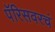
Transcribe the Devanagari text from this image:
पॅरिसवरचं